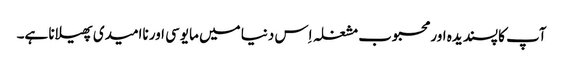
آپ کا پسندیدہ اور محبوب مشغلہ اِس دنیا میں مایوسی اور ناامیدی پھیلانا ہے۔